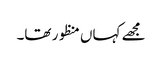
مجھے کہاں منظور تھا۔